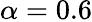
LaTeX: \alpha=0.6